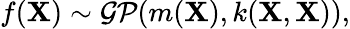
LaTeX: f(\textbf{X})\sim\mathcal{GP}(m(\textbf{X}),k(\textbf{X},\textbf{X})),